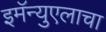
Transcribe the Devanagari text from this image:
इमॅन्युएलाचा